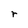
Character: r